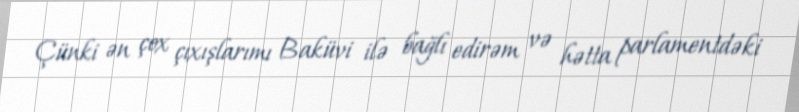
Çünki ən çox çıxışlarımı Baküvi ilə bağlı edirəm və hətta parlamentdəki